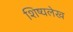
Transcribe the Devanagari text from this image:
शिष्यलेख